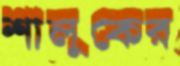
শালুকের